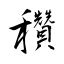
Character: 穳